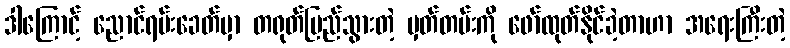
ဒါကြောင့် ညောင်ရမ်းခေတ်မှာ တရုတ်ပြည်သွားတဲ့ မှတ်တမ်းကို ဖော်ထုတ်နိုင်ခဲ့တာဟာ အရေးကြီးတဲ့